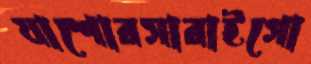
যাশোরসারাইগো